Indian journal of veterinary science and animal husbandry - Volume 14,
Year: 1944
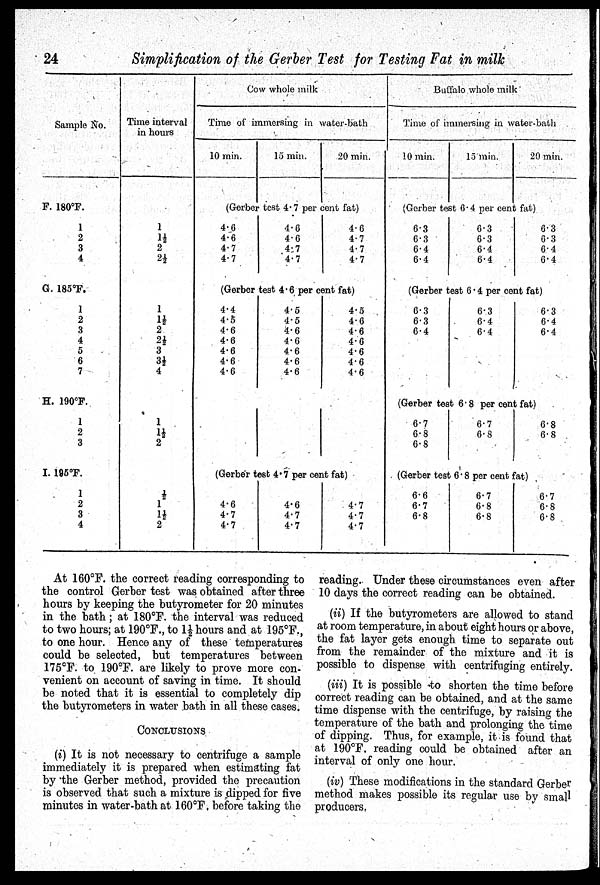
24
Simplification of the Gerber Test for Testing Fat in milk
Sample No.
F. 180°F.
1
2
3
4
G. 185°F.
1
2
3
4
5
6
7
H. 190°F.
1
2
3
I. 195°F.
1
2
3
4
Time interval
in hours
1
1½
2
2½
1
1½
2
2½
3
3½
4
1
1½
2
½
1
1½
2
Cow whole milk
Time of immersing in water-bath
10 min.
15 min.
20 min.
(Gerber test 4.7 per cent fat)
4.6
4.6
4.7
4.7
4.6
4.6
4.7
4.7
4.6
4.7
4.7
4.7
(Gerber test 4.6 per cent fat)
4.4
4.5
4.6
4.6
4.6
4.6
4.6
4.5
4.5
4.6
4.6
4.6
4.6
4.6
4.5
4.6
4.6
4.6
4.6
4.6
4.6
(Gerber test 4.7 per cent fat)
4.6
4.7
4.7
4.6
4.7
4.7
4.7
4.7
4.7
Buffalo whole milk
Time of immersing in water-bath
10 min.
15 min.
20 min.
(Gerber test 6.4 per cent fat)
6.3
6.3
6.4
6.4
6.3
0.3
6.4
6.4
6.3
6.3
6.4
6.4
(Gerber test 6.4 per cent fat)
6.3
6.3
6.4
6.3
6.4
6.4
6.3
6.4
6.4
(Gerber test 6.8 per cent fat)
6.7
6.8
6.8
6.7
6.8
6.8
6.8
(Gerber test 6.8 per cent fat)
6.6
6.7
6.8
6.7
6.8
6.8
6.7
6.8
6.8
At 160°F. the correct reading corresponding to
the control Gerber test was obtained after three
hours by keeping the butyrometer for 20 minutes
in the bath; at 180°F. the interval was reduced
to two hours; at 190°F., to 1½ hours and at 195°F.,
to one hour. Hence any of these temperatures
could be selected, but temperatures between
175°F. to 190°F. are likely to prove more con-
venient on account of saving in time. It should
be noted that it is essential to completely dip
the butyrometers in water bath in all these cases.
CONCLUSIONS
(i) It is not necessary to centrifuge a sample
immediately it is prepared when estimating fat
by the Gerber method, provided the precaution
is observed that such a mixture is dipped for five
minutes in water-bath at 160°F. before taking the
reading. Under these circumstances even after
10 days the correct reading can be obtained.
(ii) If the butyrometers are allowed to stand
at room temperature, in about eight hours or above,
the fat layer gets enough time to separate out
from the remainder of the mixture and it is
possible to dispense with centrifuging entirely.
(iii) It is possible to shorten the time before
correct reading can be obtained, and at the same
time dispense with the centrifuge, by raising the
temperature of the bath and prolonging the time
of dipping. Thus, for example, it is found that
at 190°F. reading could be obtained after an
interval of only one hour.
(iv) These modifications in the standard Gerber
method makes possible its regular use by small
producers.